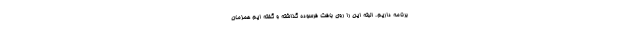
برنامه داریم. البته این را روی بافت فرسوده گذاشته و گفته ایم همزمان